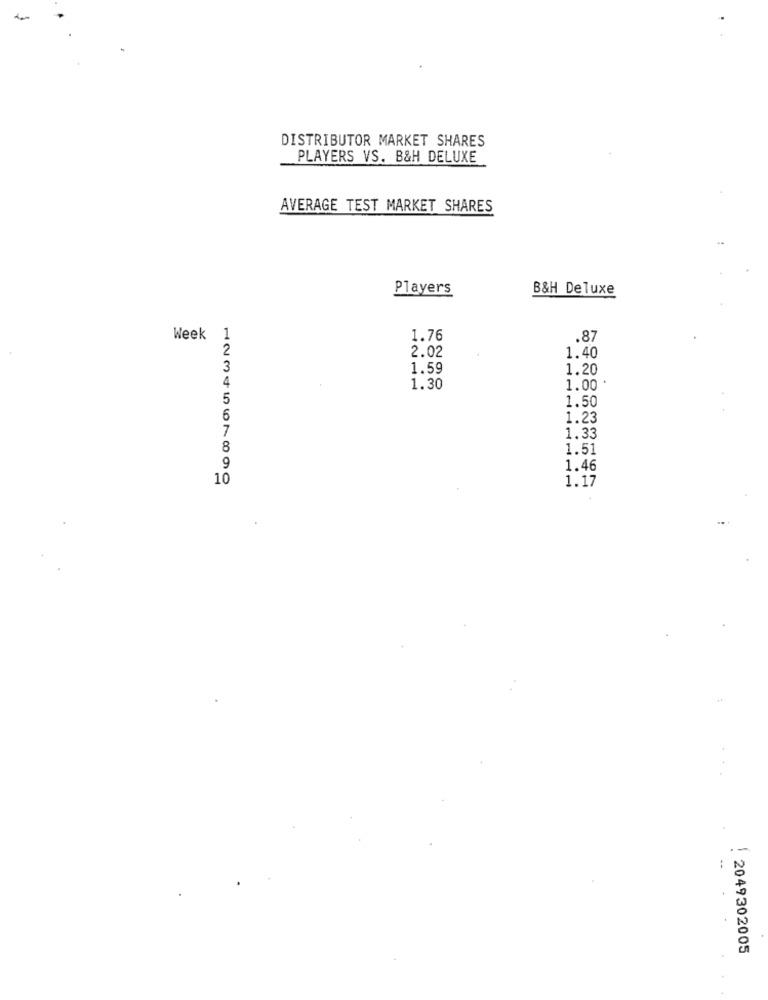
DISTRIBUTOR MARKET SHARES
PLAYERS VS. B&H DELUXE
AVERAGE TEST MARKET SHARES
Players
B&H Deluxe
Week
1.76
.87
2
2.02
1.40
3
1.59
1.20
4
1.30
1.00 *
5
1.50
6
1.23
7
1.33
8
1.51
9
1.46
10
1.17
:2049302005